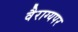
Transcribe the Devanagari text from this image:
वैराग्यपर